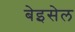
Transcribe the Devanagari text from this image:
बेइसेल